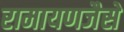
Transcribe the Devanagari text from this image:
रामायणजैसे